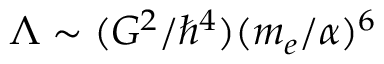
\Lambda \sim ( G ^ { 2 } / \hbar ^ { 4 } ) ( m _ { e } / \alpha ) ^ { 6 }